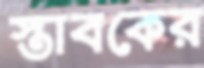
স্তাবকের